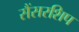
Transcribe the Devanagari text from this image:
सैंसरशिप